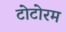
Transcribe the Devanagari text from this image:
टोटोरम